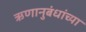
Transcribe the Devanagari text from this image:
ऋणानुबंधांच्या